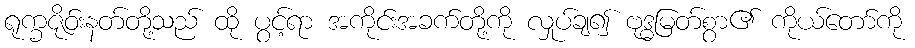
ရုက္ခဇိုဝ်းနတ်တို့သည် ထို ပွင့်ရာ အကိုင်းအခက်တို့ကို လှုပ်ချ၍ ဗုဒ္ဓမြတ်စွာ၏ ကိုယ်တော်ကို